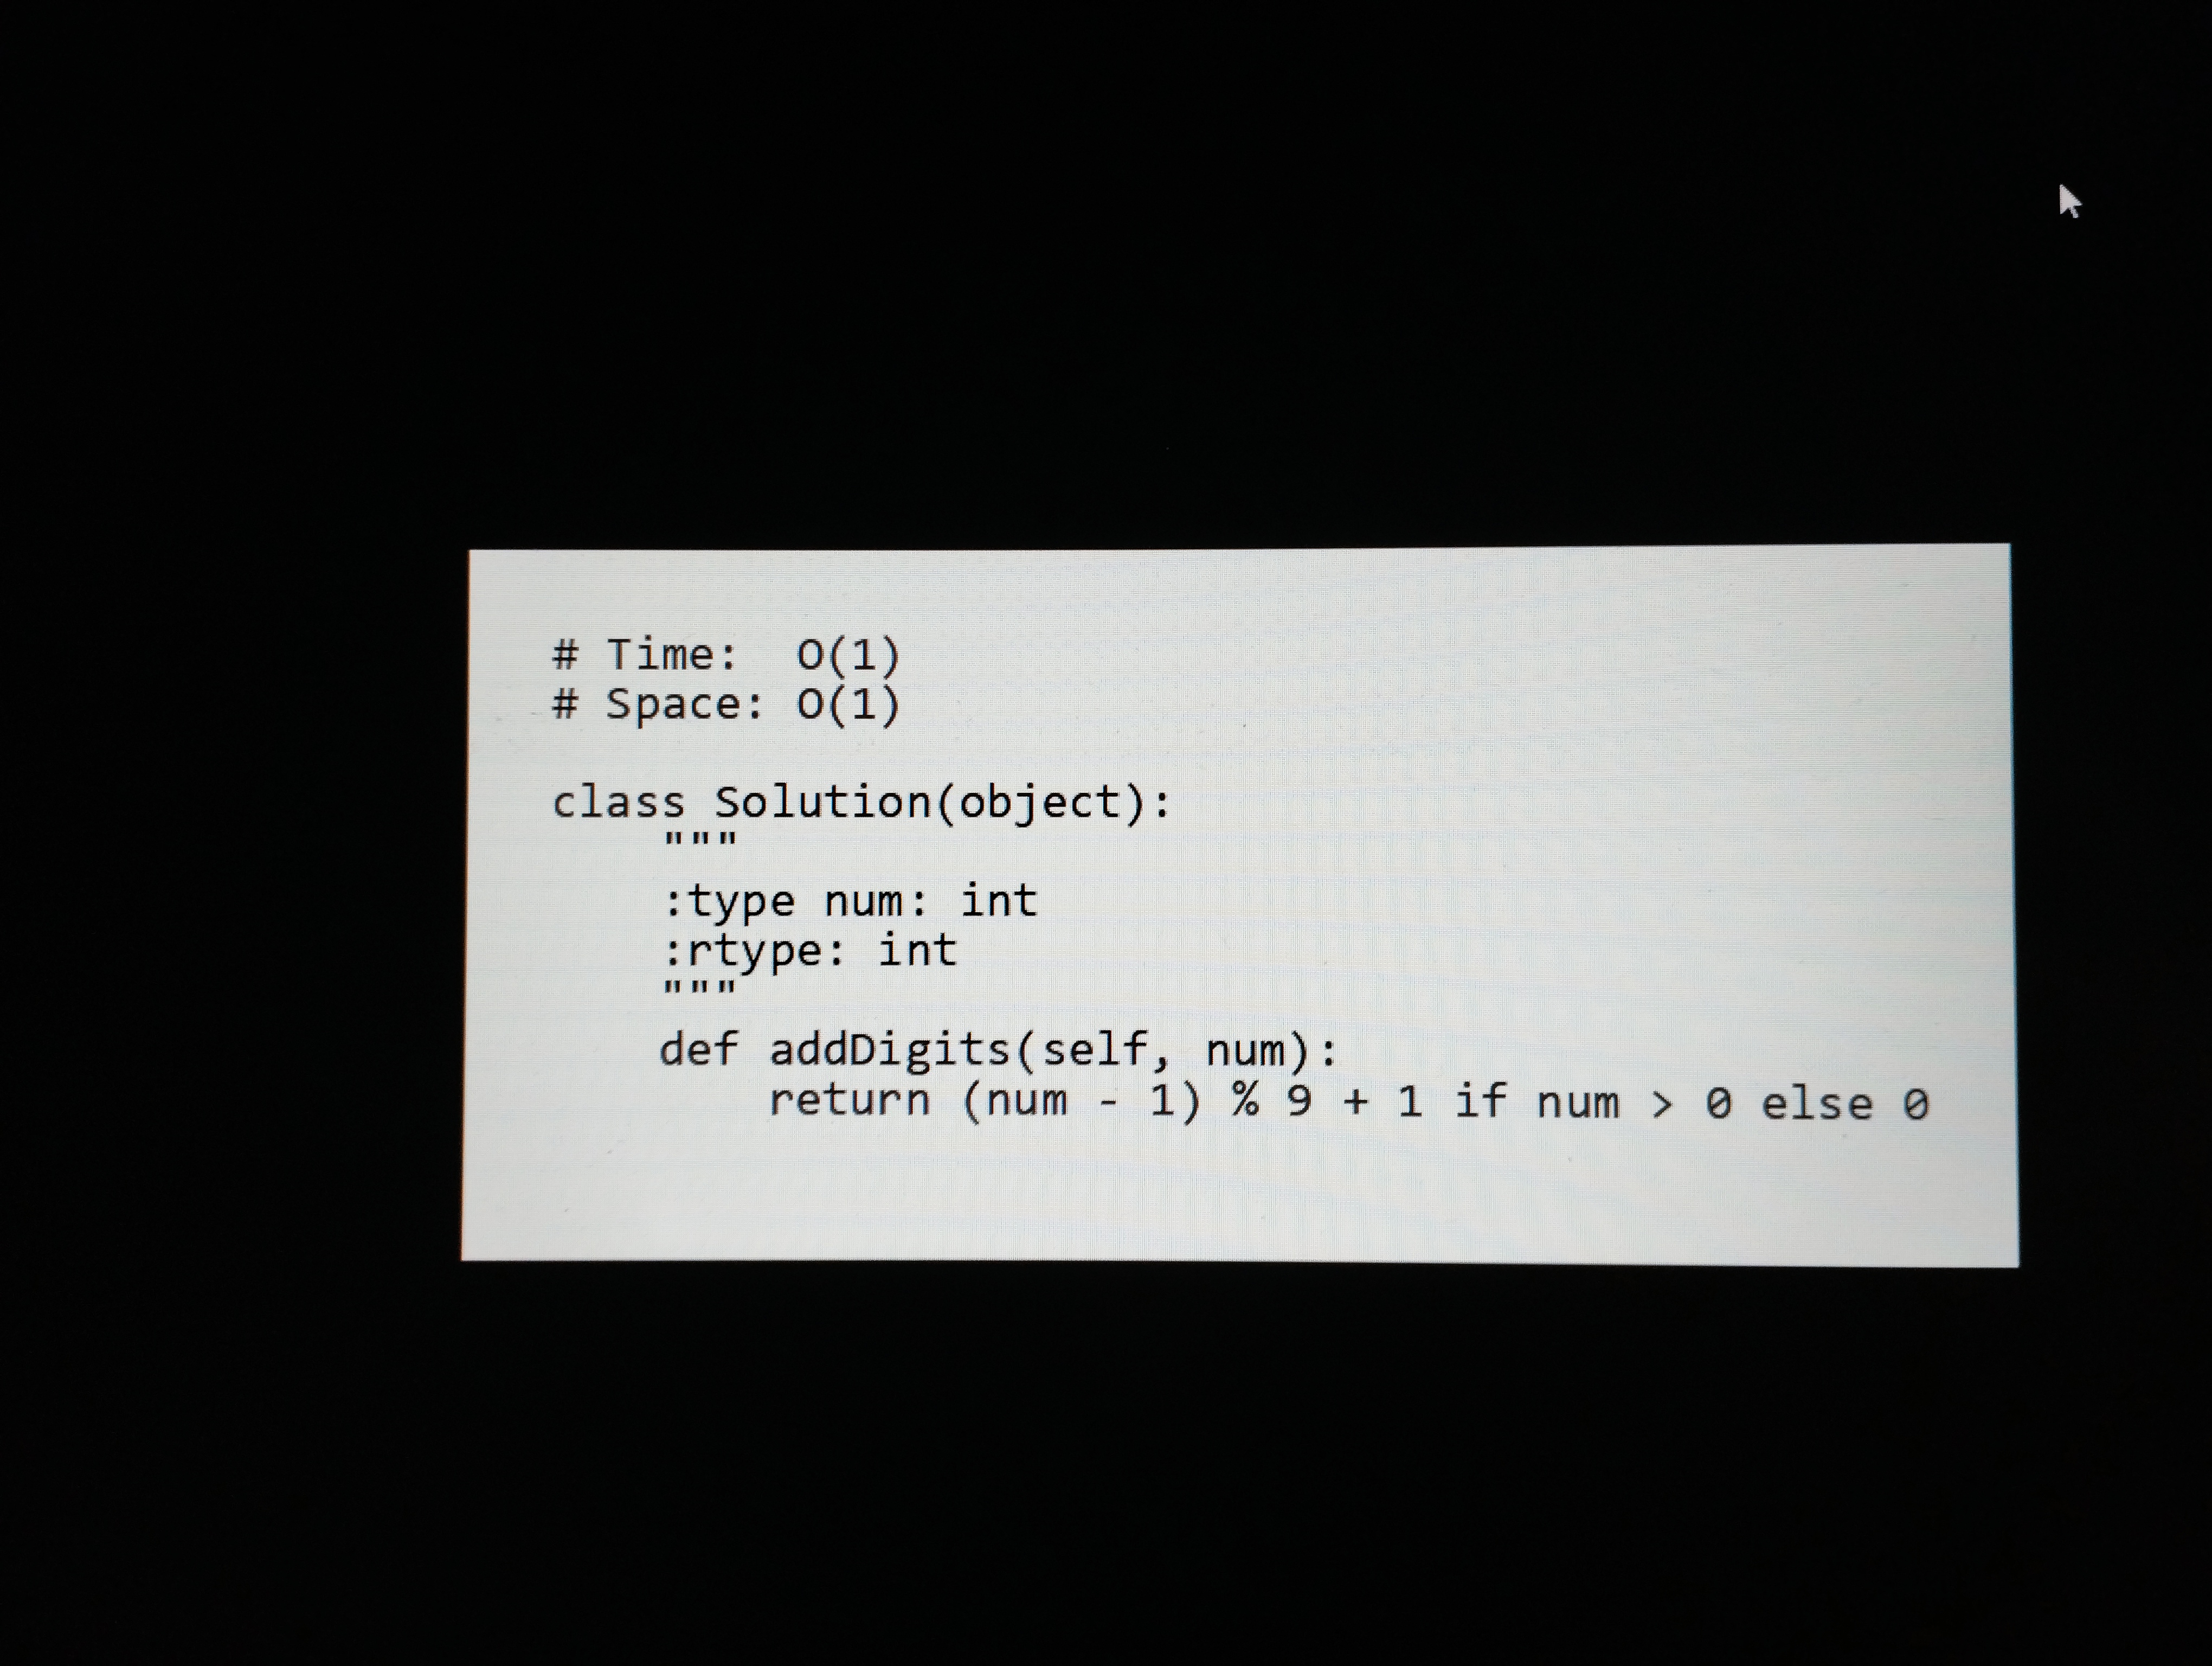
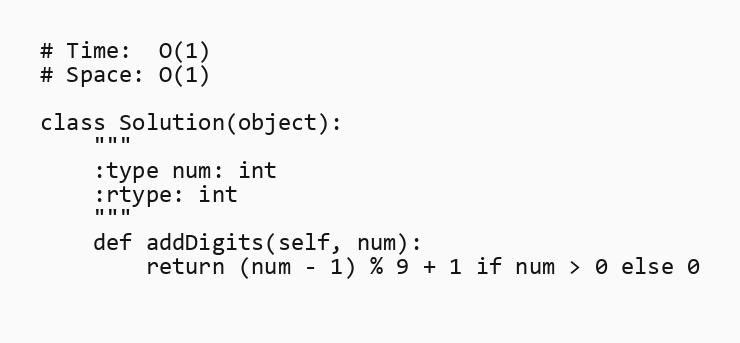
# Time:  O(1)
# Space: O(1)

class Solution(object):
    """
    :type num: int
    :rtype: int
    """
    def addDigits(self, num):
        return (num - 1) % 9 + 1 if num > 0 else 0